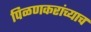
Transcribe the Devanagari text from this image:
पिळणकरांच्याच